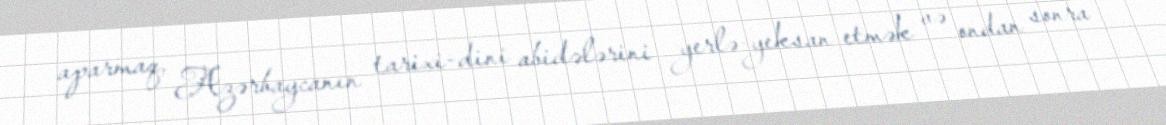
aparmaq, Azərbaycanın tarixi-dini abidələrini yerlə-yeksan etmək və ondan sonra